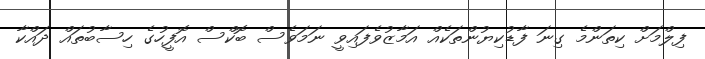
ފިލްމަށް ކިތަންމެ ގިނަ ފާޑުކިޔުންތަކެއް އަމާޒުވެފައިވީ ނަމަވެސް ބޮކްސް އޮފީހުގެ ހިސާބުތައް ދައްކާ